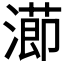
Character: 𭲝